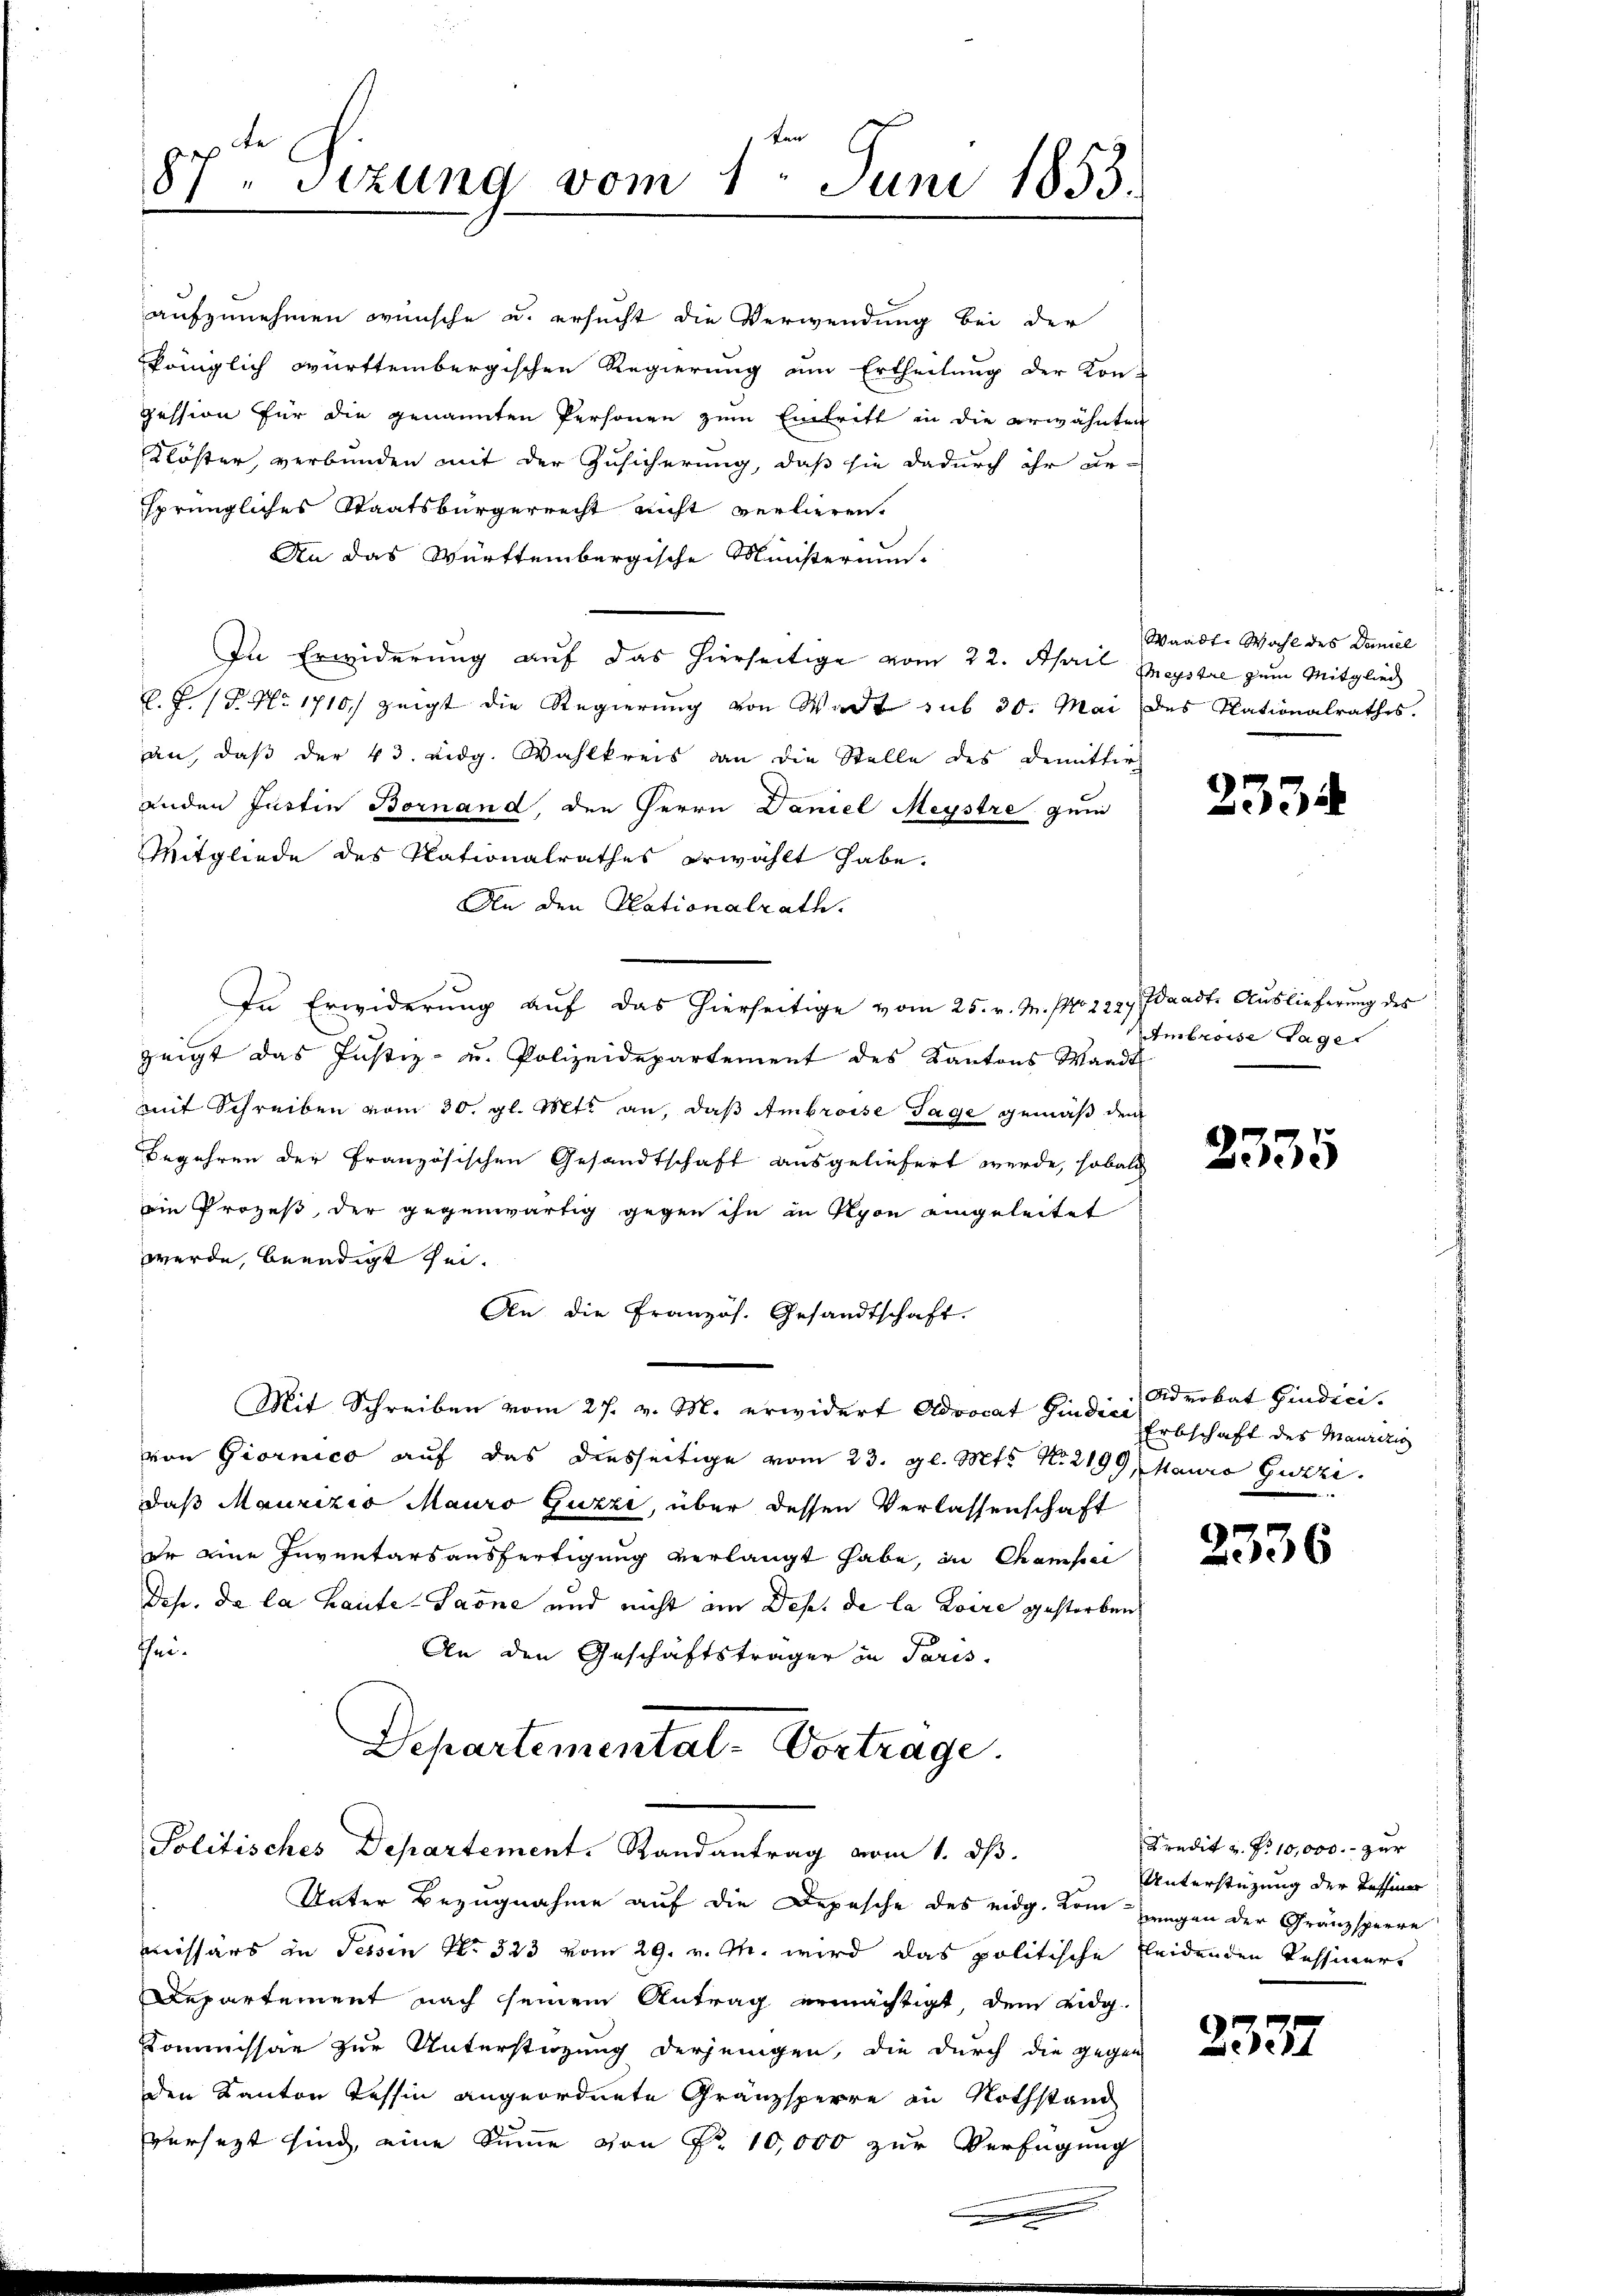
ken
87. Sezung vom 1. Juni 1853.

Politisches Departement. Randantrag vom 1. ds.

aufzunehmen wünsche u. ersucht die Verwendung bei der
königlich württembergischen Regierung am Ertheilung der Kon-
pession für die genannten Personen zum Eintritt in die erwähnten
Klöster, verbunden mit der Zusicherung, daß sie dadurch ihr ur-
sprüngliches Staatsbürgerrecht nicht verlieren.
An das Württembergische Ministerium
In Erwiderung auf das hierseitige vom 22. April Meystal zum Mitglied
K. J. P. Nr. 1710, zeigt die Regierung von Wadt sub 30. Mai des Nationalrathes,
an, daβ der 43. eidg. Wahlkreis dan die Stelle des Demittir
anden Justin Bornand, den Herrn Daniel Meystre gem
Mitgliede des Nationalrathes erwählt habe.
An den Plationalrath.
In Erwiderung auf das hierseitige vom 25. v. M. NNo. 2227/
zeigt das Justiz- u. Polizeidepartement des Kantons Waadt
mit Schreiben vom 30. gl. Mts. an, daß Ambrosse Tage gemäß de
Begehren der französischen Gesandtschaft ausgeliefert werde, sobald
ein Prozeß der gegenwärtig gegen ihn in Nyon eingeleitet
werde, beendigt sei.
An die Französ. Gesandtschaft.
Mit Schreiben vom 27. v. M. erwidert Advocat Hindici Brokat Gindici
von Giornico auf das diesseitige vom 23. gl. Mts. No. 2199, Mauro Guzzi
daß Maurizio Mauro Guzze, über dessen Verlassenschaft
dr eine Inventars ausfertigung verlangt habe, in Champel
Dose, da la haute-Saone und nicht im Dep. de la Loire gestorben
thei¬
An den Geschäftsträger in Paris.
Departemental-Vortrage

Unter Bezugnahme auf die Depesche des eidg. Kom jungen der Gränzsperre
missärs in Tessin Nr. 323 vom 29. v. M. wird das politische Leidenden Kessiners
Departement nach seinem Antrag ermächtigt, dem Eidg
Commissar zur Unterstüzung derjenigen, die durch die gegen
den Kanton Tessin angeordnete Gränzsperre in Nothstand
versezt sind, eine Summe von Nr. 10,000 zur Verfügung

Waadt. Wahl des Daniel

2334

Waadt, Auslieferung des
Ambrosse Tage

2335

Erbschaft des Maurizio

2336

Kredit z. P. 10,000.- zur
Unterstüzung der Teffier

2337